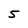
Character: 5